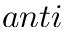
a n t i